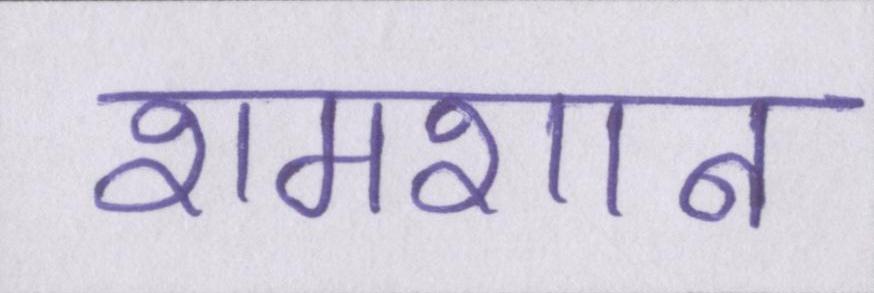
शमशान